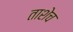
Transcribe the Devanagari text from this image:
ताशेच